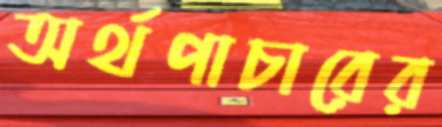
অর্থপাচারের